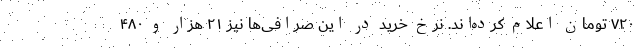
۷۲۰ تومان اعلام کرده‌اند. نرخ خرید در این صرافی‌ها نیز ۲۱ هزار و ۴۸۰